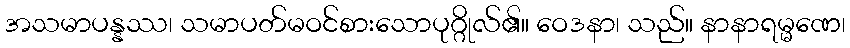
အသမာပန္နဿ၊ သမာပတ်မဝင်စားသောပုဂ္ဂိုလ်၏။ ဝေဒနာ၊ သည်။ နာနာရမ္မဏေ၊